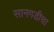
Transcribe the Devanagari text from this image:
सानगडीचा